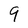
Character: 9